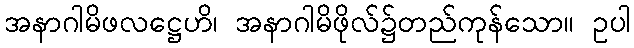
အနာဂါမိဖလဋ္ဌေဟိ၊ အနာဂါမိဖိုလ်၌တည်ကုန်သော။ ဥပါ